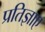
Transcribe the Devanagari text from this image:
प्रतिज्ञाए